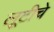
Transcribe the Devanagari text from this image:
लूटीचे